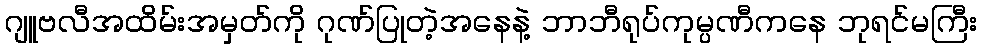
ဂျူဗလီအထိမ်းအမှတ်ကို ဂုဏ်ပြုတဲ့အနေနဲ့ ဘာဘီရုပ်ကုမ္ပဏီကနေ ဘုရင်မကြီး